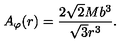
{ A } _ { \varphi } ( r ) = \frac { 2 \sqrt { 2 } M b ^ { 3 } } { \sqrt { 3 } r ^ { 3 } } .